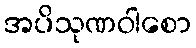
အပိသုဏဝါစော